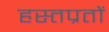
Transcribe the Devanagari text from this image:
हस्तप्रतों